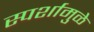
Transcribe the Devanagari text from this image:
स्पर्शामुळे